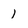
Character: l